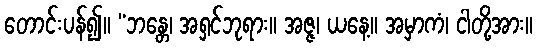
တောင်းပန်၍။ “ဘန္တေ၊ အရှင်ဘုရား။ အဇ္ဇ၊ ယနေ့။ အမှာကံ၊ ငါတို့အား။